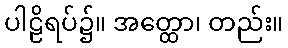
ပါဠိရပ်၌။ အတ္ထော၊ တည်း။